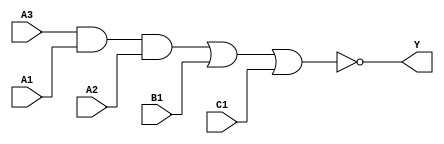
module sky130_fd_sc_ls__a311oi (
    Y ,
    A1,
    A2,
    A3,
    B1,
    C1
);

    // Module ports
    output Y ;
    input  A1;
    input  A2;
    input  A3;
    input  B1;
    input  C1;

    // Module supplies
    supply1 VPWR;
    supply0 VGND;
    supply1 VPB ;
    supply0 VNB ;

    // Local signals
    wire and0_out  ;
    wire nor0_out_Y;

    //  Name  Output      Other arguments
    and and0 (and0_out  , A3, A1, A2      );
    nor nor0 (nor0_out_Y, and0_out, B1, C1);
    buf buf0 (Y         , nor0_out_Y      );

endmodule